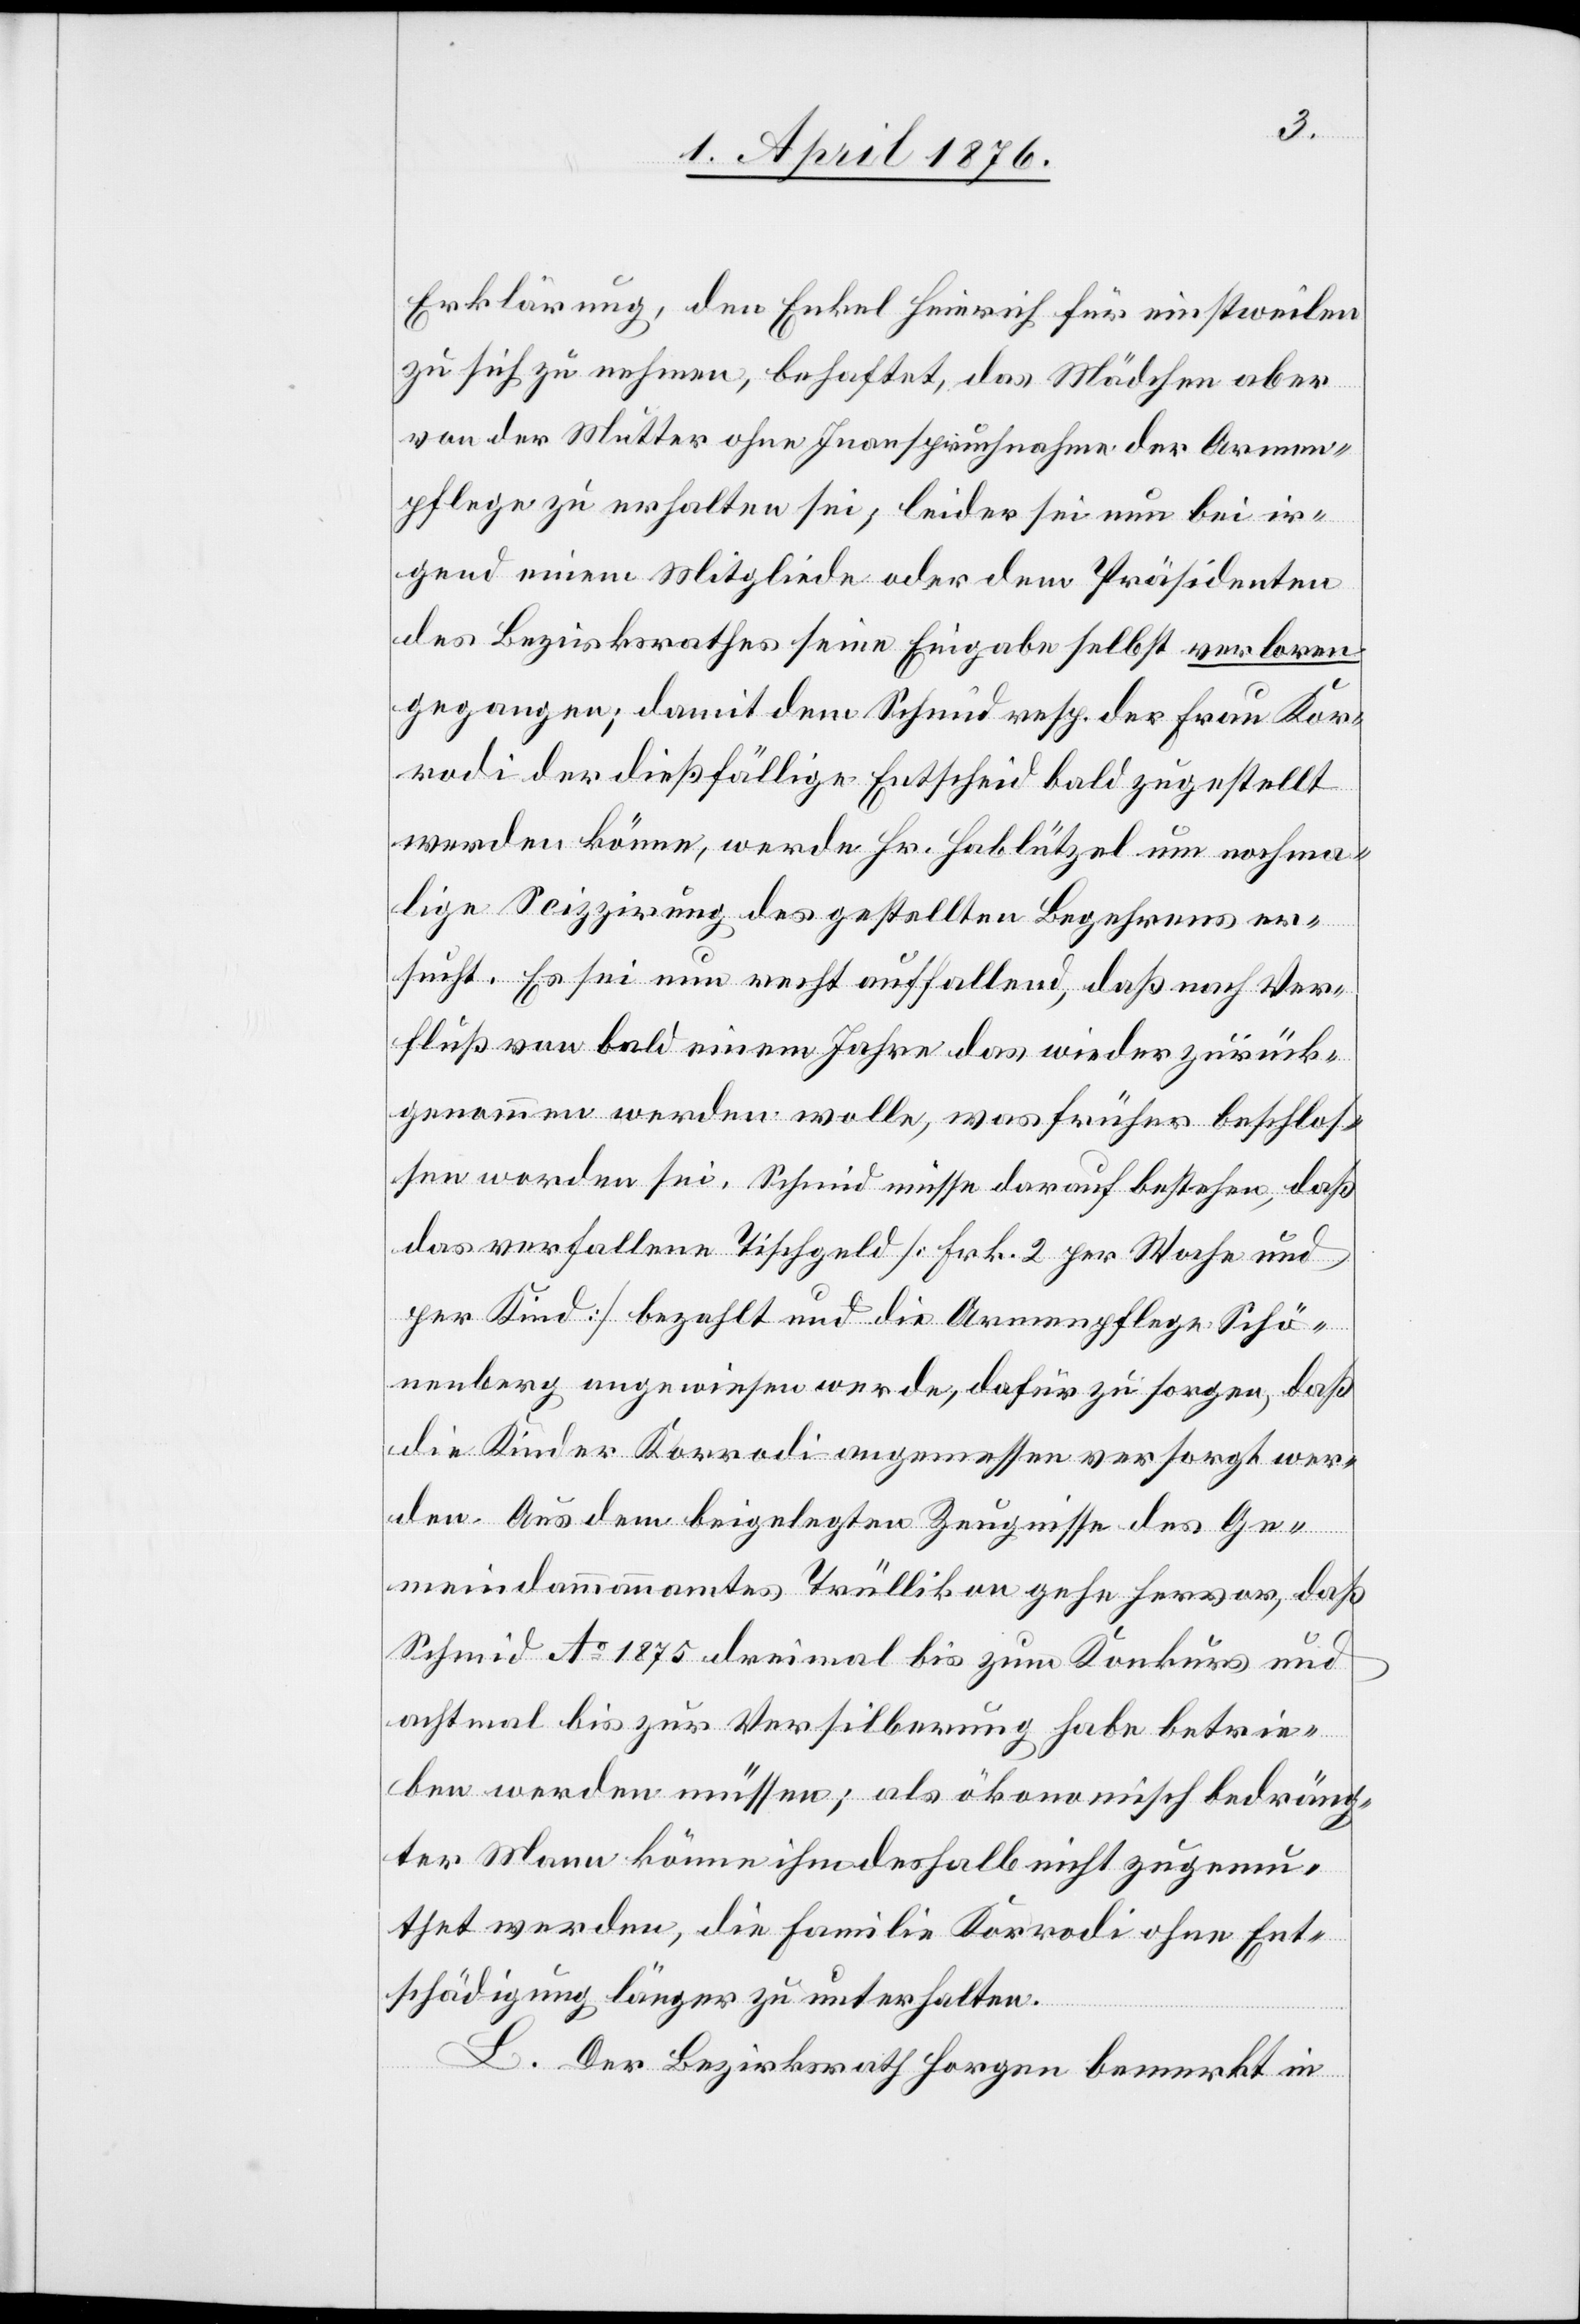
Erklärung, den Enkel Heinrich einstweilen
zu sich zu nehmen, behaftet, das Mädchen aber
von der Mutter ohne Inanspruchnahme der Armen¬
pflege zu erhalten sei, leider sei nun bei ir¬
gend einem Mitgliede oder dem Präsidenten
des Bezirksrathes seine Eingabe selbst verloren
gegangen; damit dem Schmid resp. der Frau Kor¬
rodi der dießfällige Entscheid bald zugestellt
werden könne, werde Hr. Hablützel um nochma¬
lige Scizzirung des gestellten Begehrens er¬
sucht. Es sei nun recht auffallend, daß nach dem Ver¬
fluß von bald einem Jahre das wiederzurück¬
genommen werden wolle, was früher beschlos¬
sen worden sei. Schmid müsse darauf bestehen, daß
das verfallene Tischgeld [Frk. 2 per Woche und
per Kind] bezahlt und die Armenpflege Schö¬
nenberg angewiesen werde, dafür zu sorgen, daß
die Kinder Korrodi angemessen versorgt wer¬
den. Aus dem beigelegten Zeugnisse des Ge¬
meindammannamtes Trüllikon gehe hervor, daß
Schmid A 1875 dreimal bis zum Konkurs und
achtmal bis zur Versilberung habe betrie¬
ben werden müssen; als ökonomisch bedräng¬
ter Mann könne ihm deshalb nicht zugemu¬
thet werden, die Familie Korrodi ohne Ent¬
schädigung länger zu unterhalten.
L. Der Bezirksrath Horgen bemerkt in